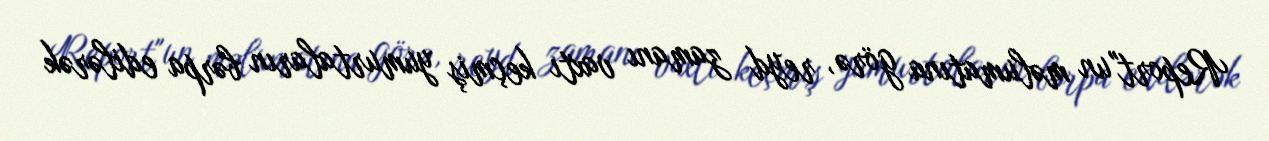
Report"un məlumatına görə, reyd zamanı vaxtı keçmiş yumurtaların bərpa edilərək